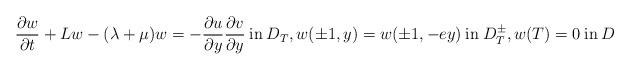
LaTeX: \begin{align*}\frac{\partial w}{\partial t} + Lw - (\lambda + \mu) w = - \frac{\partial u}{\partial y} \frac{\partial v}{\partial y} \: \mbox{in} \: D_T, w(\pm 1, y) = w(\pm 1, -e y) \: \mbox{in} \: D_T^\pm, w(T) = 0 \: \mbox{in} \: D\end{align*}